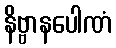
နိဗ္ဗာနပေါဏံ